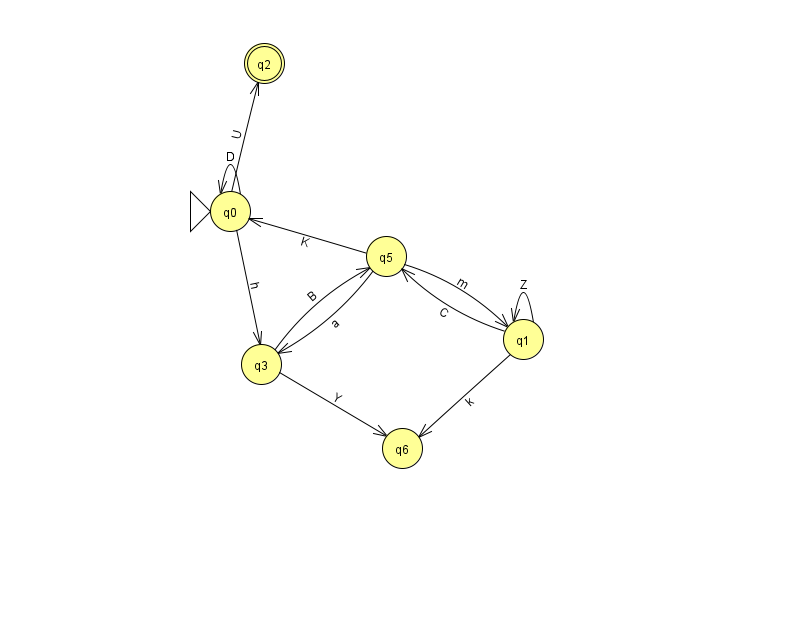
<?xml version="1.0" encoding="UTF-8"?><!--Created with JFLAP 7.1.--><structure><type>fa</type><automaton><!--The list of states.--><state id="0" name="q0"><x>230.0</x><y>198.0</y><initial/></state><state id="1" name="q1"><x>523.0</x><y>326.0</y></state><state id="2" name="q2"><x>264.0</x><y>50.0</y><final/></state><state id="3" name="q3"><x>261.0</x><y>351.0</y></state><state id="5" name="q5"><x>386.0</x><y>243.0</y></state><state id="6" name="q6"><x>402.0</x><y>435.0</y></state><!--The list of transitions.--><transition><from>3</from><to>6</to><read>Y</read></transition><transition><from>5</from><to>1</to><read>m</read></transition><transition><from>1</from><to>6</to><read>k</read></transition><transition><from>0</from><to>3</to><read>h</read></transition><transition><from>0</from><to>0</to><read>D</read></transition><transition><from>0</from><to>2</to><read>U</read></transition><transition><from>1</from><to>1</to><read>Z</read></transition><transition><from>5</from><to>3</to><read>a</read></transition><transition><from>5</from><to>0</to><read>K</read></transition><transition><from>1</from><to>5</to><read>C</read></transition><transition><from>3</from><to>5</to><read>B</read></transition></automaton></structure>